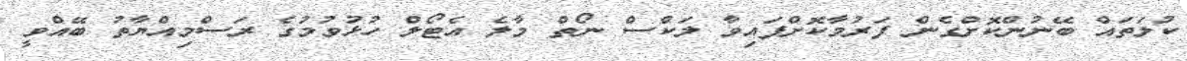
ކުލަތައް ބޭނުންކޮށްގެން ފަރުމާކޮށްފައިވާ ލަކްސް ނޯތް މާލެ އެޓޯލް ހުޅުވުމުގެ ރަސްމިއްޔާތު ބޭއްވީ